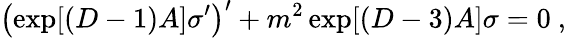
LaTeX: \left(\exp[(D-1)A]\sigma^{\prime}\right)^{\prime}+m^{2}\exp[(D-3)A]\sigma=0~,